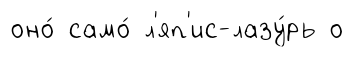
оно́ само́ л'яп'ис-лазу́рь о